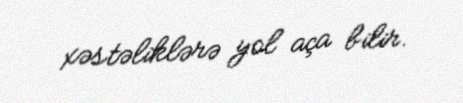
xəstəliklərə yol aça bilir.